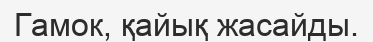
Гамок, қайық жасайды.